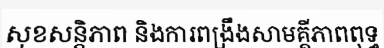
សុខសន្តិភាព និងការពង្រឹងសាមគ្គីភាពពុទ្ធ